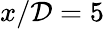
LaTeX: x/\mathcal{D}=5